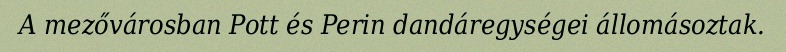
A mezővárosban Pott és Perin dandáregységei állomásoztak.